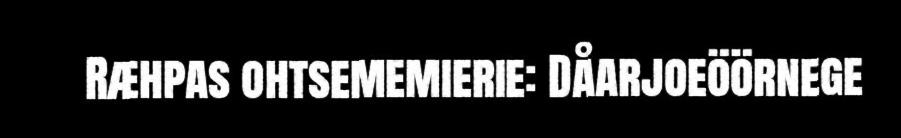
Ræhpas ohtsememierie: Dåarjoeöörnege